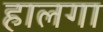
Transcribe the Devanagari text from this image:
हालगा